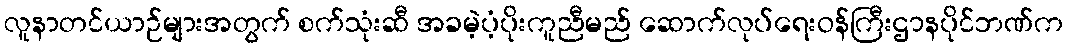
လူနာတင်ယာဉ်များအတွက် စက်သုံးဆီ အခမဲ့ပံ့ပိုးကူညီမည် ဆောက်လုပ်ရေးဝန်ကြီးဌာနပိုင်ဘဏ်က